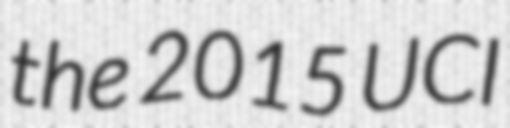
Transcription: the 2015 UCI